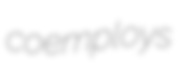
coemploys